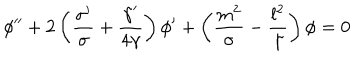
\phi ^ { \prime \prime } + 2 \left( { \frac { \sigma ^ { \prime } } { \sigma } } + { \frac { \gamma ^ { \prime } } { 4 \gamma } } \right) \phi ^ { \prime } + \left( { \frac { m ^ { 2 } } { \sigma } } - { \frac { l ^ { 2 } } { \gamma } } \right) \phi = 0